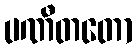
ပဏီတတော